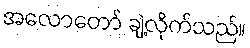
အလောတော် ချဲ့လိုက်သည်။